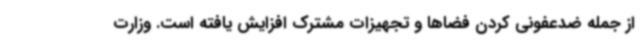
از جمله ضدعفونی کردن فضاها و تجهیزات مشترک افزایش یافته است. وزارت